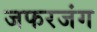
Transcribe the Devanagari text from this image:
जफरजंग